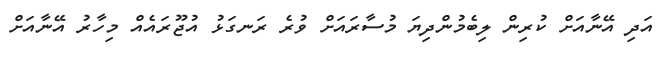
އަދި އޭނާއަށް ކުރިން ލިބެމުންދިޔަ މުސާރައަށް ވުރެ ރަނގަޅު އުޖޫރައެއް މިހާރު އޭނާއަށް